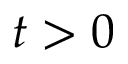
t > 0